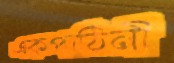
একপাঠিনী